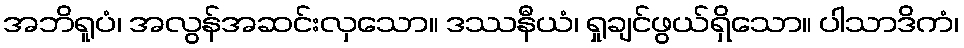
အဘိရူပံ၊ အလွန်အဆင်းလှသော။ ဒဿနီယံ၊ ရှုချင်ဖွယ်ရှိသော။ ပါသာဒိကံ၊